Eesti_Vabariigi_Tartu_Ulikool, lk 249
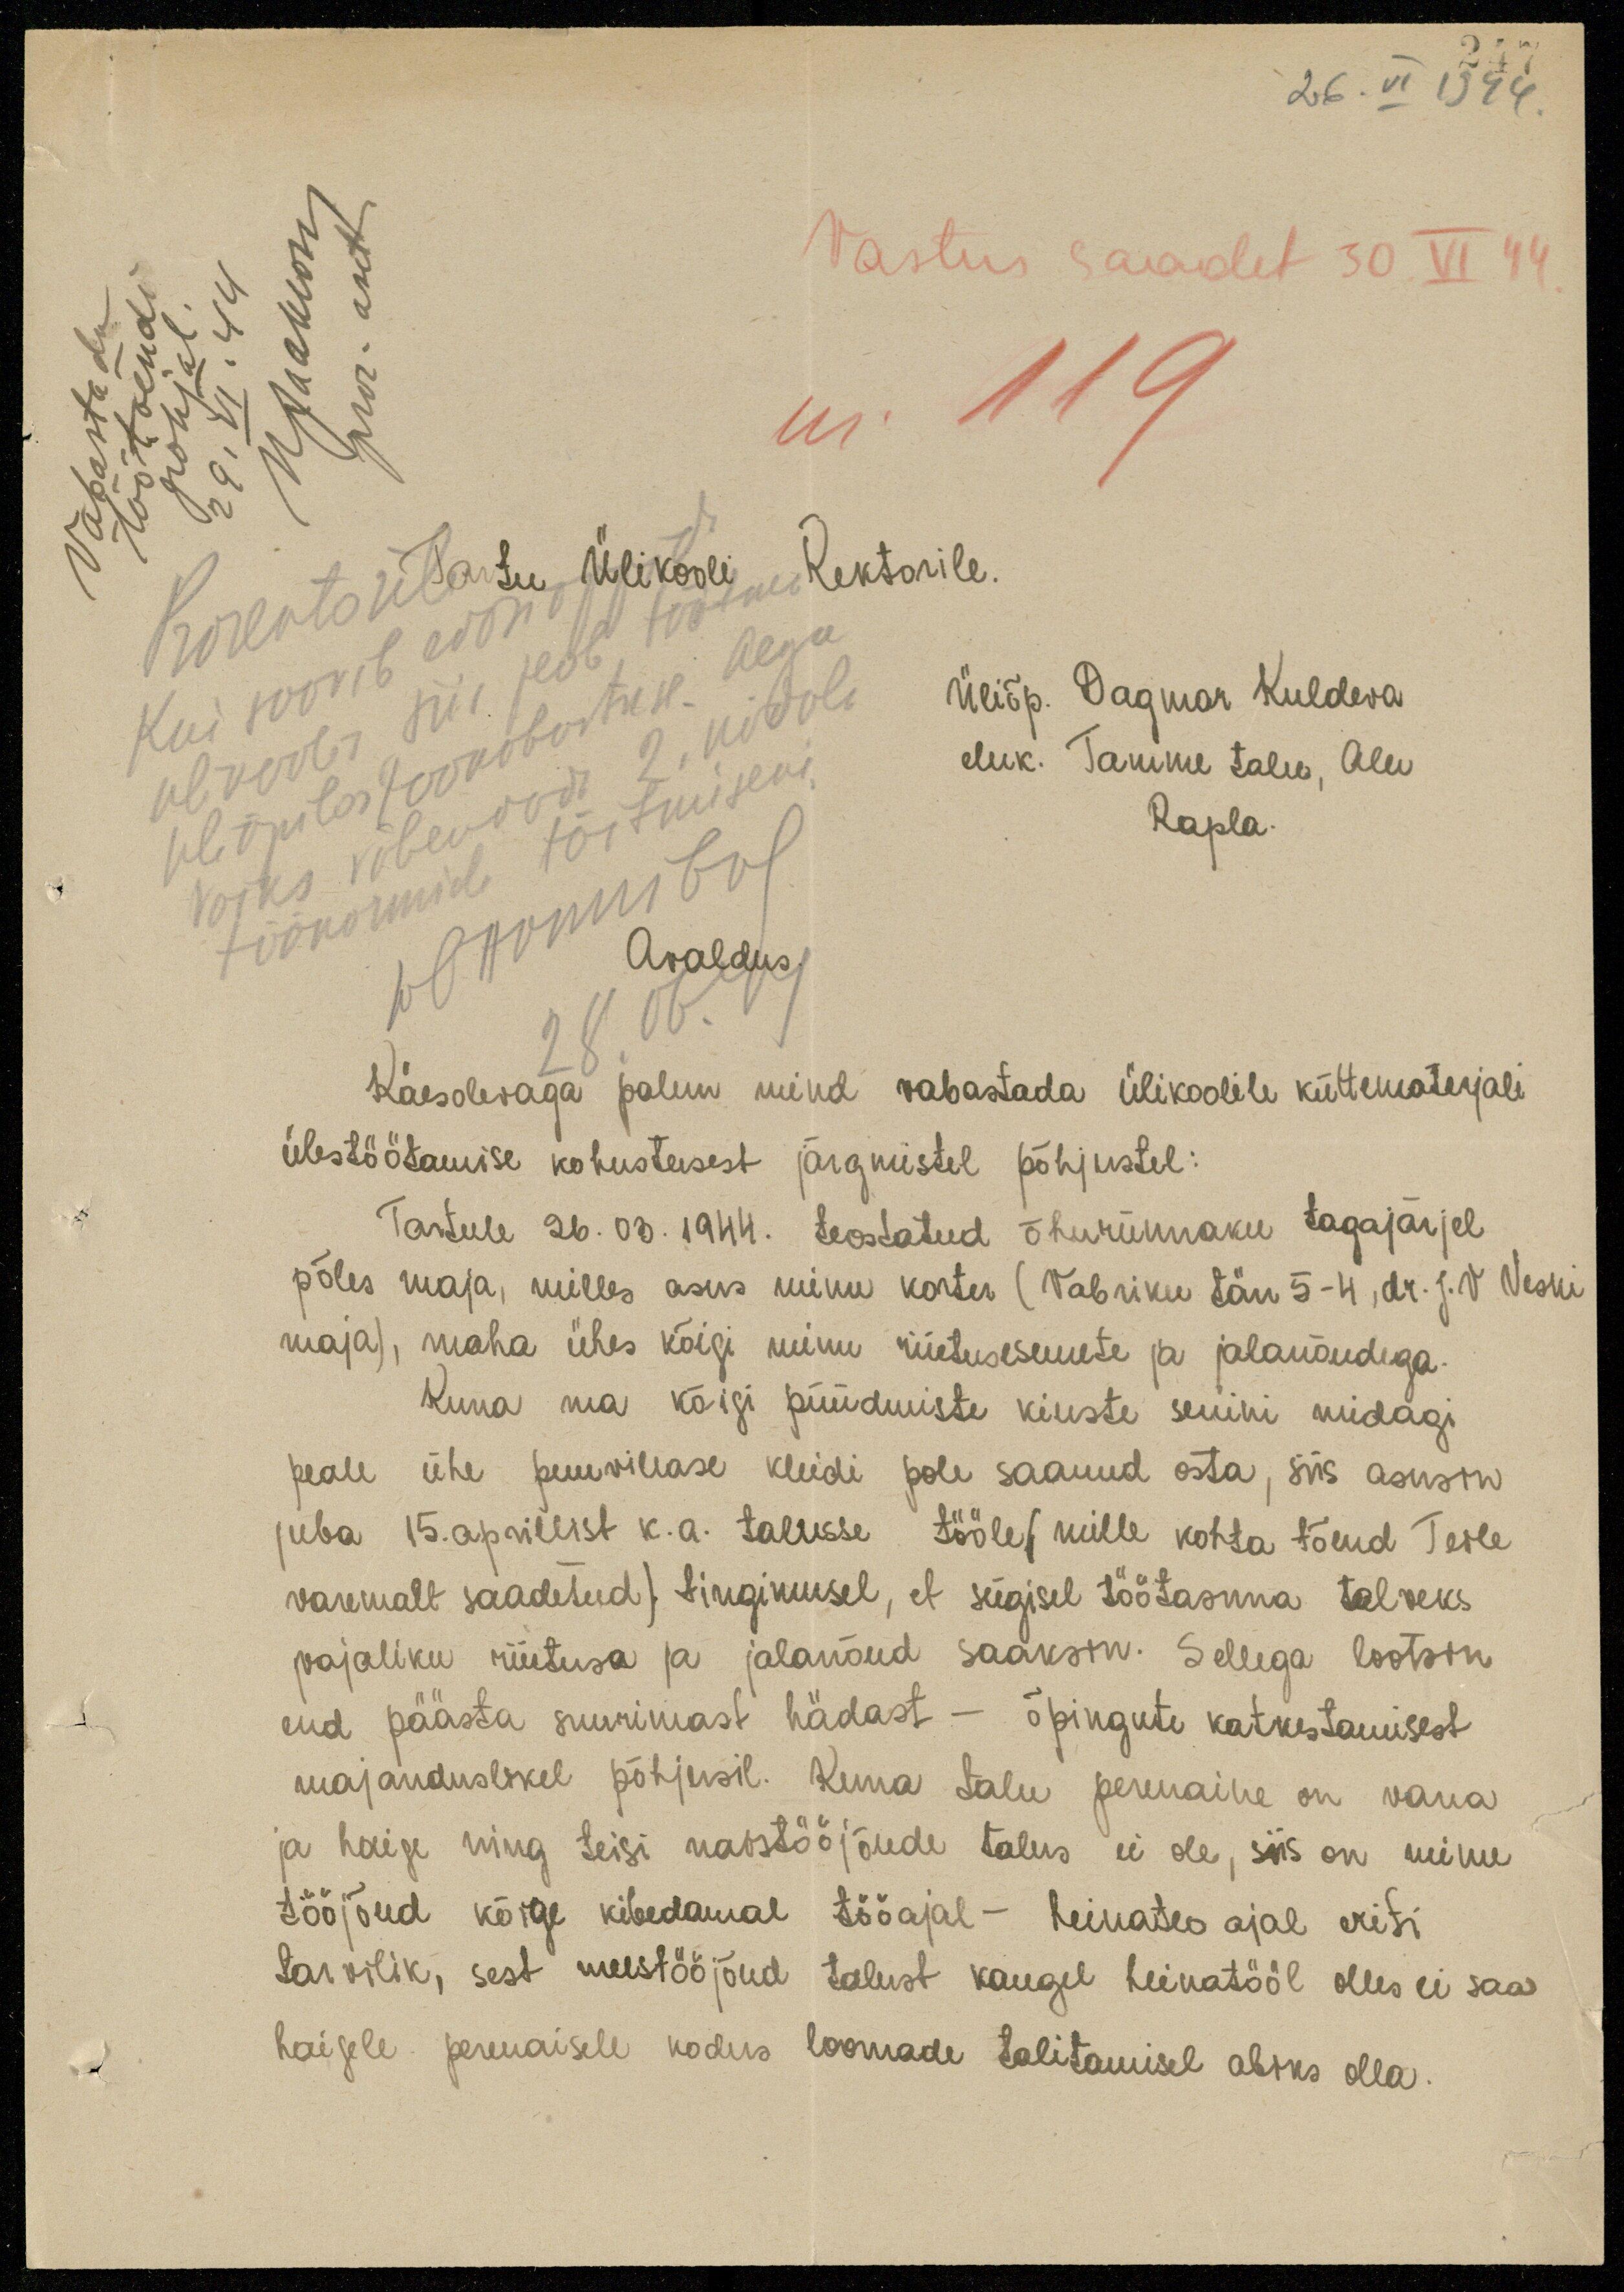
247
26. VI 1944
wadus
pror. aset.
Vastus saadet 30 VI 44
Vabastada
töötõendi
põhjal
29. VI. 44
nr. 119
Ülikooli Rektorile
Üliõp. Dagmar Kuldeva
Kui soovib edasiõpp
ülikoolis siis peab tööt
eluk. Tanime talu, Alu
üliõpilastöökohustuse aega
võiks vähendada 2 ......
Rapla.
töönormide täitmiseni
Wonomibol
Avaldus
28.06.44
Käesolevaga palun mind vabastada ülikoolile küttematerjali
ülestöötamise kohustusest järgmistel põhjustel:
Tartule 26.03.1944. teostatud õhurünnaku tagajärjel
põles maja, milles asus minu korter (Vabriku tän 5-4, dr. J. V. Veski
maja), maha ühes kõigi minu riietusesemete ja jalanõudega.
Kuna ma kõigi püüdmiste kiuste senini midagi
peale ühe puuvillase kleidi pole saanud osta, siis asusin
juba 15. aprillist k.a. talusse, tööle (mille kohta tõend Teile
varemalt saadetud) tingimusel, et sügisel töötasuna talveks
vajaliku riietuse ja jalanõud saaksin. Sellega lootsin
end päästa suurimast hädast - õpingute katkestamisest
majanduslikel põhjusil. Kuna talu perenaine on vana
ja haige ning teisi naistööjõude talus ei ole, siis on minu
tööjõud kõige kibedamal tööajal - heinateo ajal eriti
tarvilik, sest meestööjõud talust kaugel heinatööl olles ei saa
haigele perenaisele kodus loomade talitamisel abiks olla.